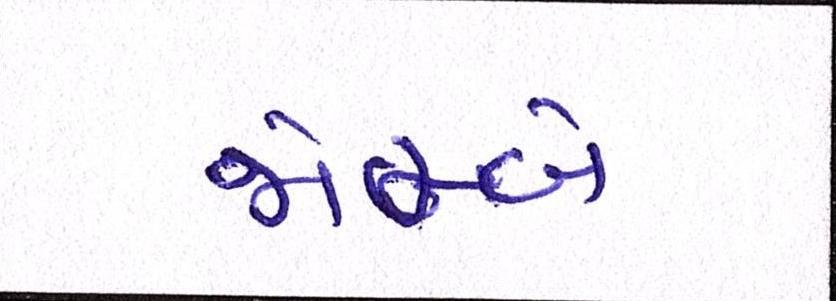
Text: જોમ્બે